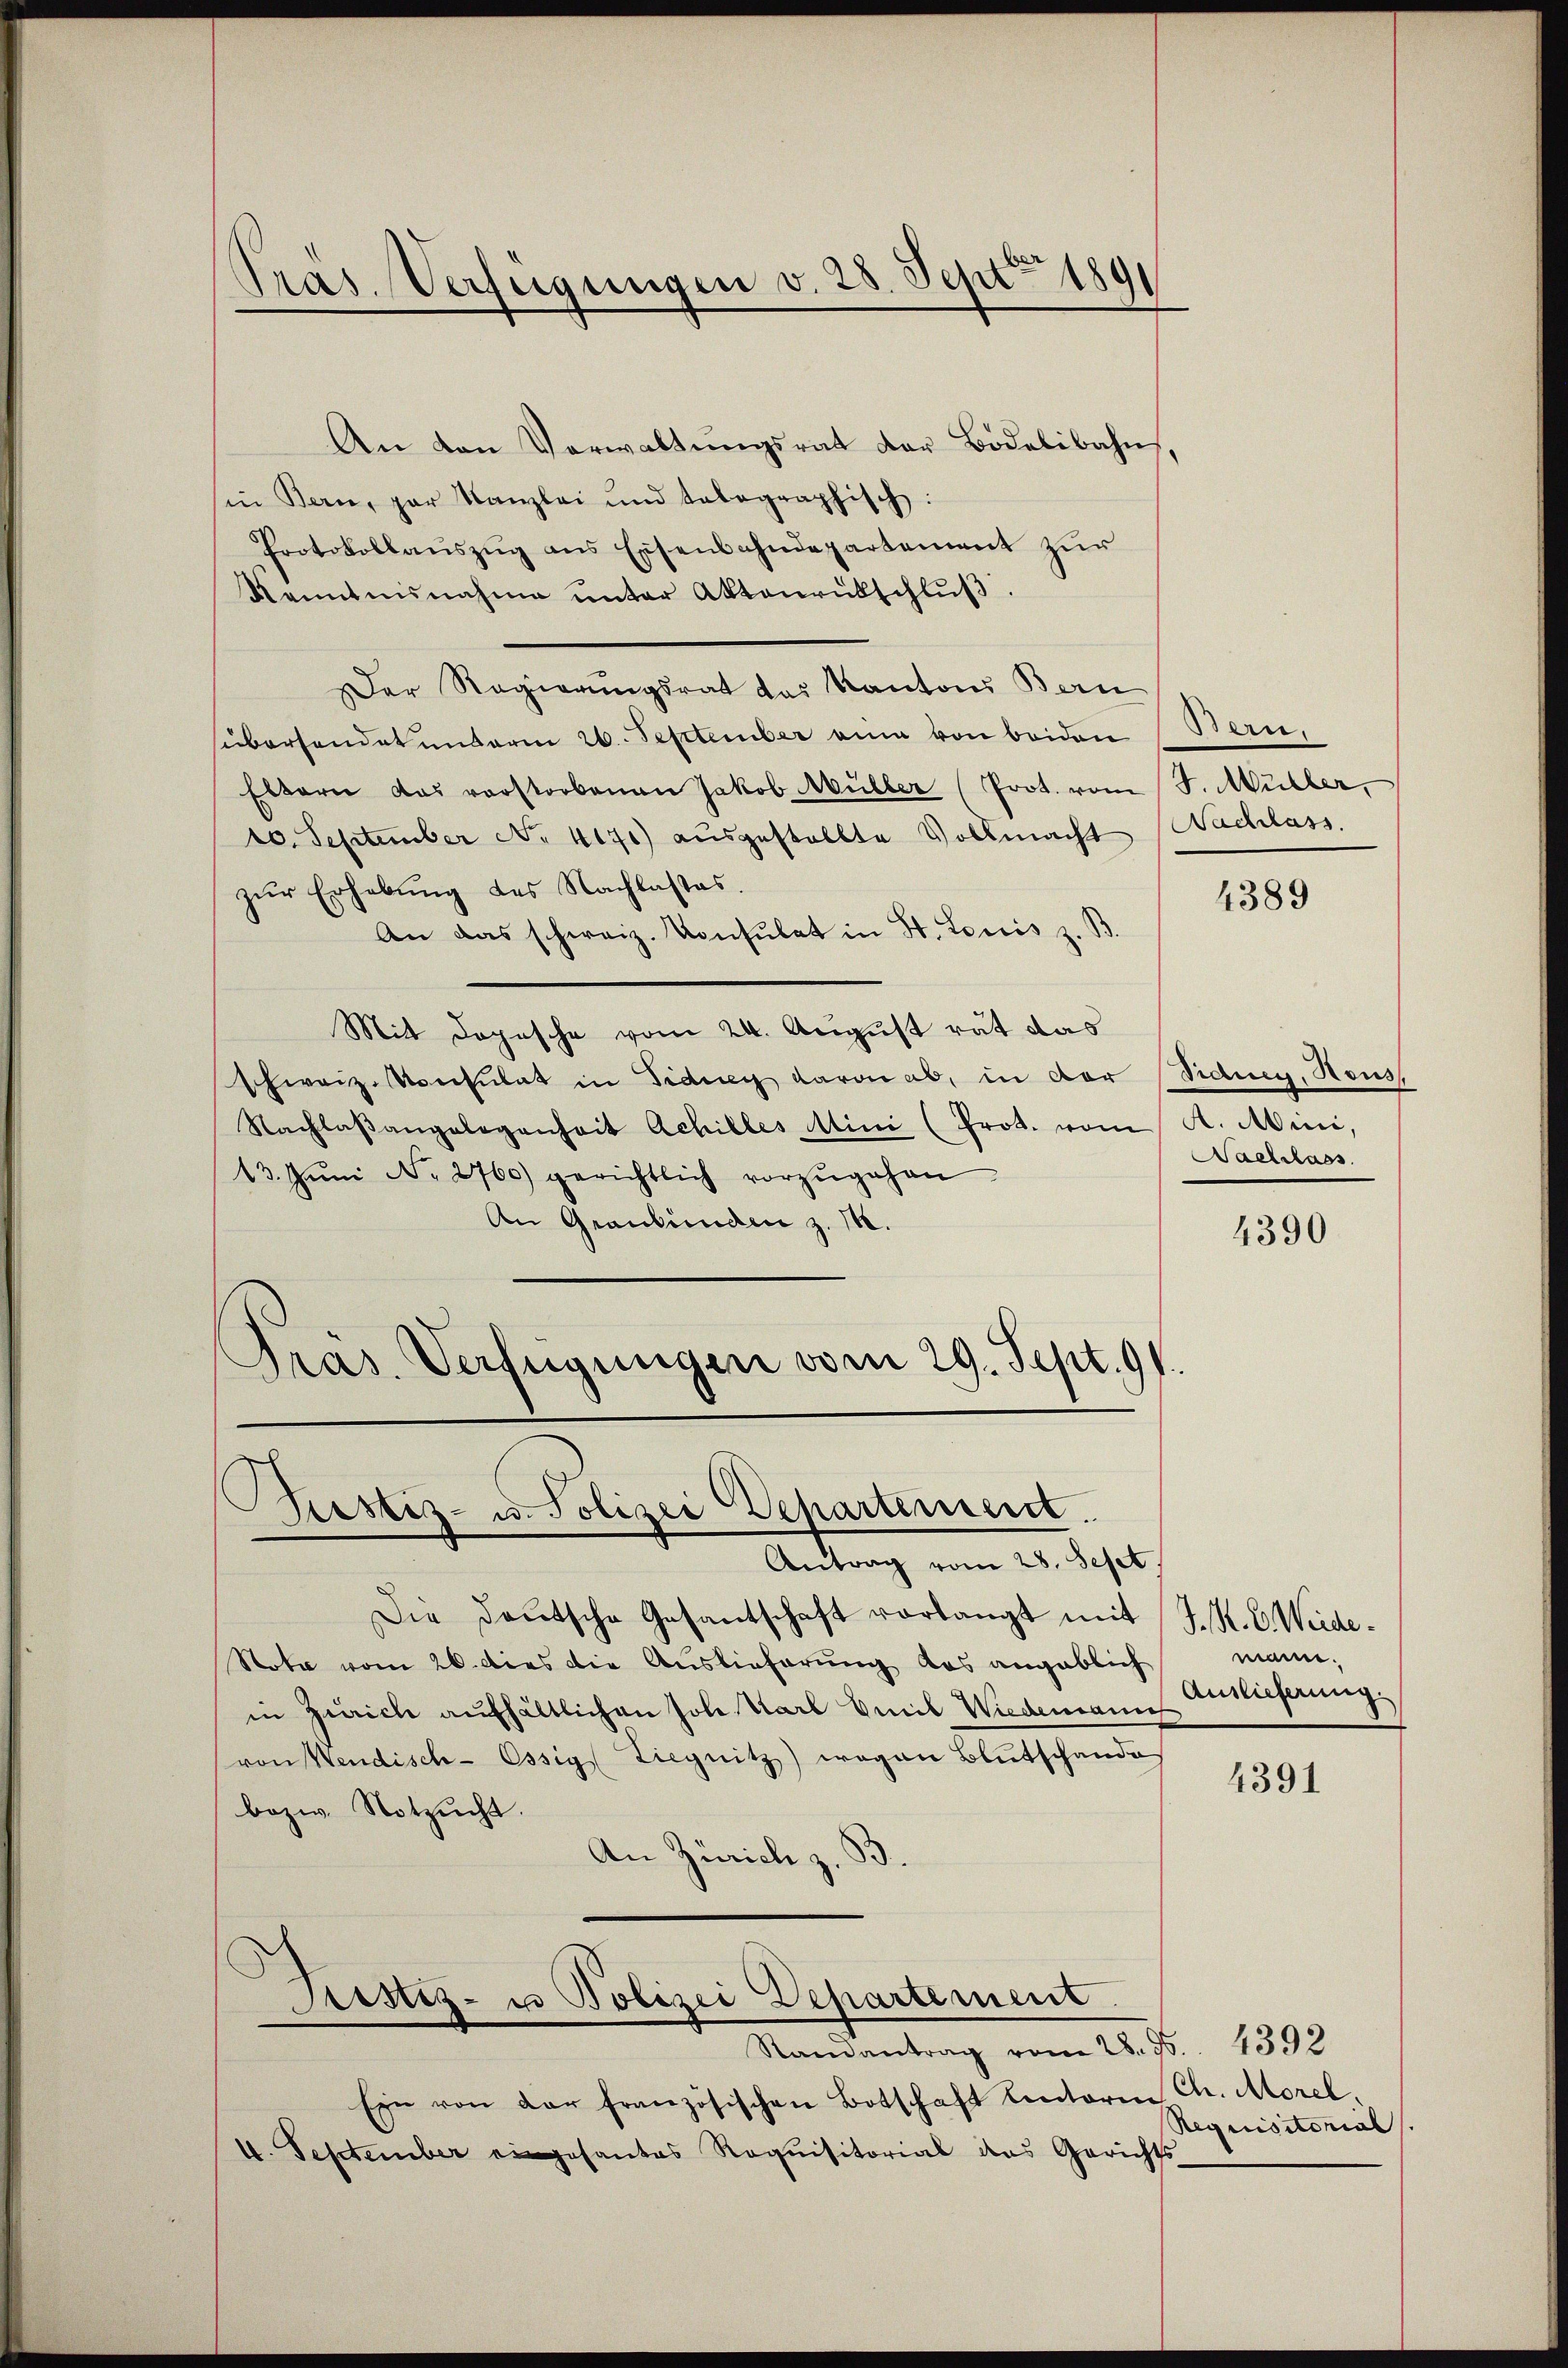
Pras. Verfügungen v. 28. Sept. 189

An den Verwaltungsrat der Bidelibahns,
sin Bern, par Kanzlei und telegraphisch:
Protokollauszug aus Eisenbahndepartement zur
Kenntnisnahme unter Aktenrütschluß
Der Regierungsrat des Kantons Bern
sübersendet unterm 26. September eine von beiden
Eltern das vorstorbenen Jakob Müller (Prot. vom J. Müller,
10. September No. 4170 aŭsgestellte Vollmacht Nachlass.
zŭr Erhebung des Nachlasses.
An das schweiz. Konsulat in St. Louis z. B.
Mit Dopische vom 24. August rät das
schweiz. Konsulat in Fidung davon ab, in der
Nachlaβangelegenheit Achilles Mini (Prot. vom A. Mini,
13. Jŭni No 2760) gerichtlich vorzŭgehen
An Graubünden z. M.
Pras. Verfügungen vom 29. Sept. 91.

Testiz- u. Polizei Departement.
Antrag vom 28. Sept

Die Deutsche Gesantschaft vorlangt mit J. K. C. Weide¬
Note vom 26. dies die Auslieferung das angeblich
in Zürich aufhältlichen Joh. Karl Emil Wiedemanns
von Hendisch-Essig Liegnitz) wegen Blutschande
bezw. Notzucht.
An Zürich z. B.
Justiz- u Polizei Departement

Samantrag vom 28. 95. 4392
Ein von der französischen Botschaft lentoren Ch. Morel.
4. September eingesantes Requisitorial das Gerichts

Bern.

4389

Fidney, Haus
Sachlass

4390

mann.
Auslieferung.

4391

Requisitorial